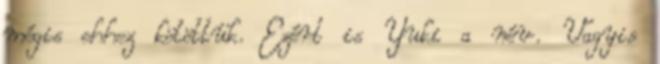
mégis ehhez kötöttük. Ezért is Yuki a név. Vagyis